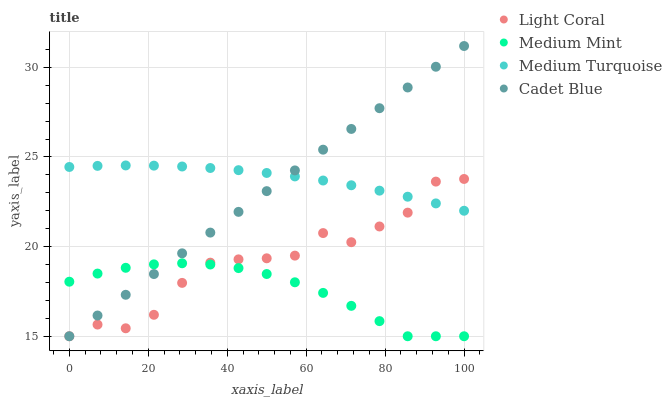
| xaxis_label | Light Coral | Medium Mint | Medium Turquoise | Cadet Blue |
 | --- | --- | --- | --- | --- |
 | 0 | 15 | 18 | 24.4 | 15 |
 | 7.14 | 15.7 | 18.5 | 24.5 | 16.2 |
 | 14.3 | 15.4 | 18.8 | 24.5 | 17.3 |
 | 21.4 | 16.2 | 19 | 24.5 | 18.5 |
 | 28.6 | 18 | 19.1 | 24.5 | 19.6 |
 | 35.7 | 19.1 | 19 | 24.4 | 20.8 |
 | 42.9 | 19.3 | 18.8 | 24.3 | 21.9 |
 | 50 | 19.3 | 18.5 | 24.1 | 23.1 |
 | 57.1 | 19.5 | 18 | 23.9 | 24.3 |
 | 64.3 | 20.8 | 17.4 | 23.7 | 25.4 |
 | 71.4 | 20.2 | 16.7 | 23.4 | 26.6 |
 | 78.6 | 21.1 | 15.8 | 23.1 | 27.7 |
 | 85.7 | 21.9 | 15 | 22.8 | 28.9 |
 | 92.9 | 23.6 | 15 | 22.4 | 30 |
 | 100 | 23.8 | 15 | 22 | 31.2 |